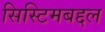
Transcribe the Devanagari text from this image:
सिस्टिमबद्दल